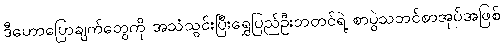
ဒီဟောပြောချက်တွေကို အသံသွင်းပြီးရွှေပြည်ဦးဘတင်ရဲ့ စာပွဲသဘင်စာအုပ်အဖြစ်